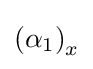
\left(\alpha _{1}\right)_{x}